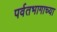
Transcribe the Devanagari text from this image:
पर्वतभागाच्या